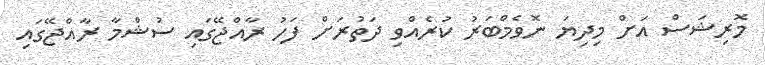
މޮރިޝަސް އަށް މިދިޔަ ނޮވެމްބަރު ކުރެއްވި ދަތުރަށް ފަހު ރާއްޖޭގައި ސުޝްމާ ރާއްޖޭގައި